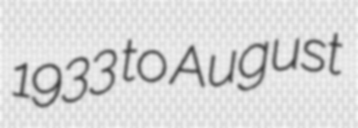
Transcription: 1933 to August